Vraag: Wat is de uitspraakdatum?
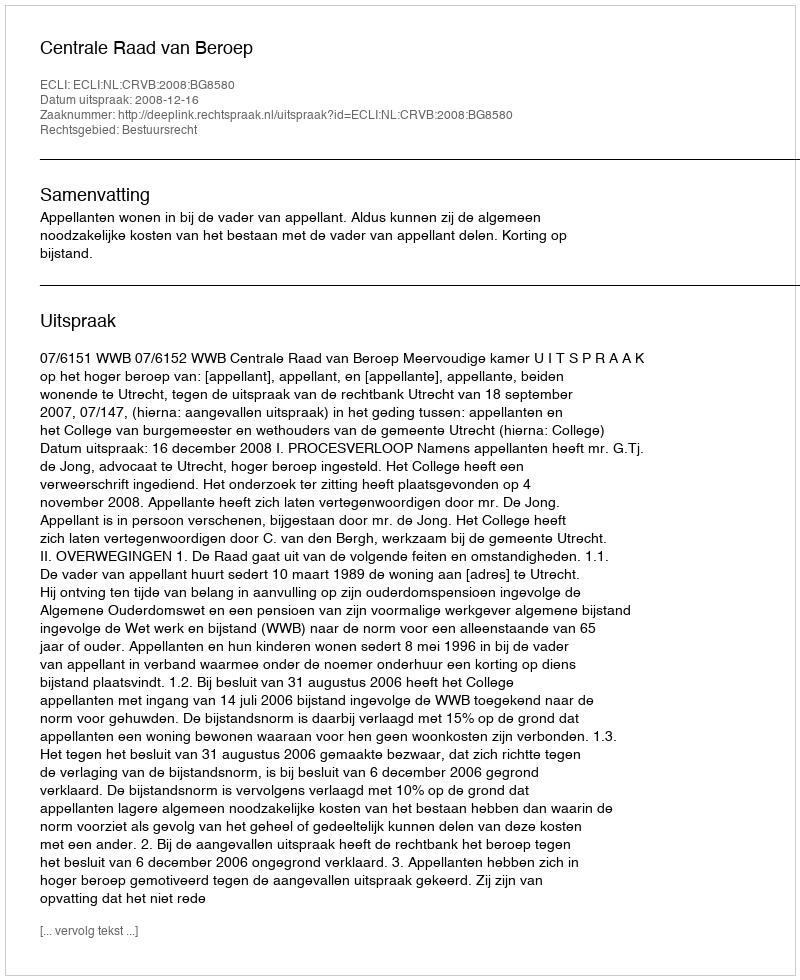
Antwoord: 2008-12-16